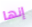
إنها